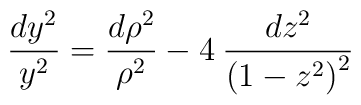
\frac{dy^{2}}{y^{2}}=\frac{{d\rho ^{2}}}{\rho ^{2}}-4\: \frac{dz^{2}}{\left( 1-z^{2}\right) ^{2}}